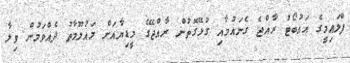
ފްލައިމީގެ އައުބޯޓު ރާއްޖެ ގެނައުމާއި ގުޅޭގޮތުން ރާއްޖޭގެ މީޑިޔާއަށް މައުލޫމާތު ދެއްވަމުން ވިލާ